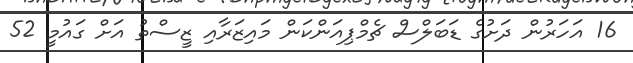
16 އަހަރުން ދަށުގެ ޑަބަލްސް ޗެމްޕިއަންކަން މައިޒަރާއި ޒީސްތު އަށް ގައުމީ 52